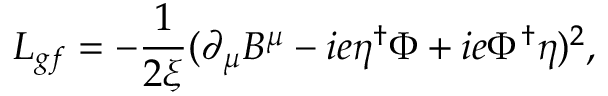
L _ { g f } = - { \frac { 1 } { 2 \xi } } ( \partial _ { \mu } B ^ { \mu } - i e \eta ^ { \dagger } \Phi + i e \Phi ^ { \dagger } \eta ) ^ { 2 } ,